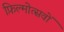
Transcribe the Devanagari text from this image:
फ़िल्मोत्सवों